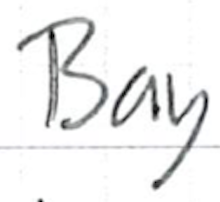
Text: Bay
Cross-out: clean
Writing tool: ballpoint